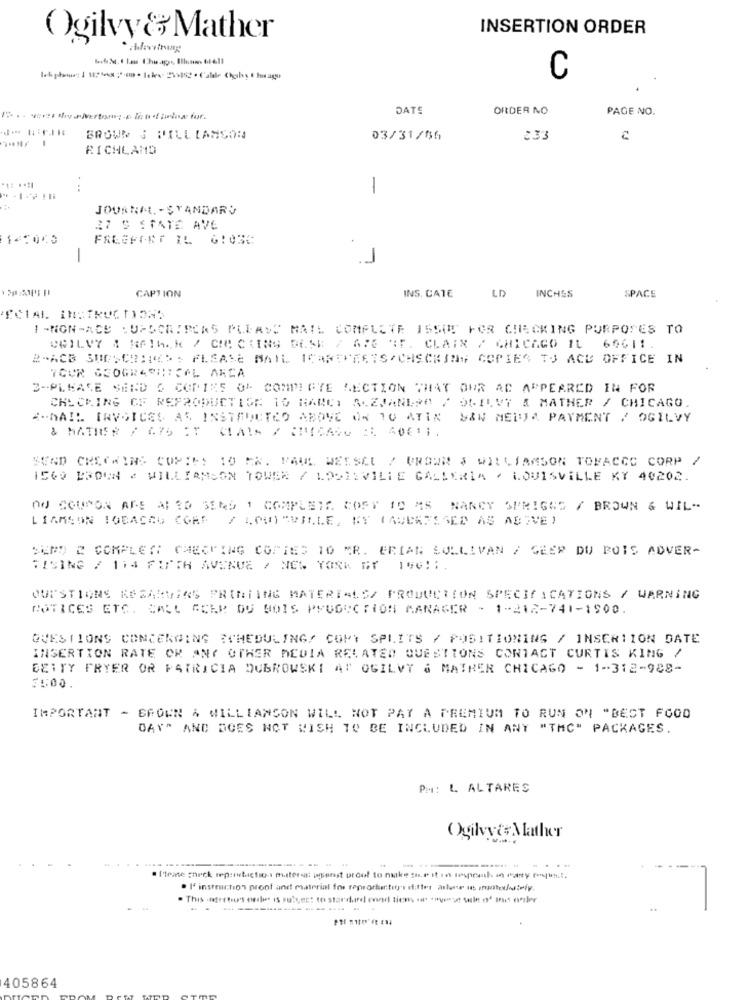
INSERTION ORDER
Ogilvy& Mather
C
DATE
ORDER NO
PAGE NO.
Iyorso thysVertrag cionar
BROWN J WILLIAMSON
03/31/56
233
RICHLAND
...
-
JOURNAL. - STANDARD
27 S STATE AVE
FALEFFET IL 6:030
-
INS. CATE
INCHES
CAPTION
LD
SPACE
1 -NON-RCS : UPSCRIBERS PLEASS MAIL COMPLETE ISSOT FOR CHECKING PURPOSES TO
URILVY & RA16. K / CIB CKING DESE / 676 4F. CLAIX / CHICAGO IL 60611.
B-ACB SUBSCRIBE>> PLEASE MAIL ICANEMESIS/CHECKING COPIES TO ACE OFFICE IN
YOUR GEOGRAPHICAL AREA
3-PLEASE SEND & COPIES OF COMPLETE SECTION THAT OUR AC APPEARED IN FOR
CHECKING OF REPRODUCTION 1O RANCY ALEJANDRO / OGILVY & MATHER / CHICAGO
A-MAIL ERVOICES AS INSTRUCTED ABOVE ON 10 ATIN S&W HELTA PAYMENT / OGILVY
& MATHER / 475 IT MAIN / CHICACO : 40011.
SEND CHECKING COPIES 10 FR. PAUL WESSEL / PROWR $ WILLIAMSON TOBACCO CORP /
1560 P3DUN # WILLIAMSON TOWER / 1212VILLE GALLERIA · LOUISVILLE KY 40202.
ON SOUSON ARE AF RO SERS 1 COMPLETE COFF TO MS NANCY SPRIGNE / BROWN & WIL"-
LIAMSON TOBACCO CORD
/ LOS)"VILLE, BY IABERTASED AS ADIVE !
SEMD 2 COMPLET CHECKING COPIES 10 MR. BRIAN SULLIVAN / GEER DU POIS ADVER-
TISING / 114 FIFTH AVENUE / NEW YORK BY 190:1.
QUESTIONS REGARDING PRINTING MATERIALS/ PRODUCTION SPECIFICATIONS / WARNING
NOTICES ETC. CALL ACER DU BOIS PRODUCTION MANAGER - 1-212-741-1900.
QUESTIONS CONCERNING SCHEDULING/ COPY SPLITS / POSITIONING / INSERTION DATE
INSERTION RATE OR ANY OTHER MEDIA RELATED QUESTIONS CONTACT CURTIS KING /
BETTY FRYER OR PATRICIA DUBROWSKI AT OGILVY & MATHER CHICAGO - 1-312-988-
150O.
IMPORTANT - BROWN & WILLIAMSON WILL NOT PAY A PREMIUM TO RUN ON "BEST FOOD
DAY" AND DOES NOT WISH TO BE INCLUDED IN ANY "THC" PACKAGES.
PM: L ALTARES
Ogilvy& Mather
.......
.... .
. I' instruction proof and material for reproduetit's stifter arlene is imaexhidiely.
. This .ofertars order is subject to stardard cond tions . ""ise le of Ins oniler
405864